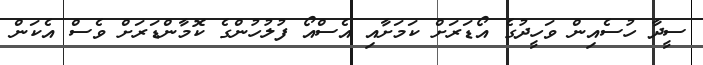
ސީދާ ހުސެއިން ވަހީދުގެ އޯޑަރަށް ކަމަށާއި އެސްއޯ ފުލުހުންގެ ކޮމާންޑަރަށް ވެސް އެކަން